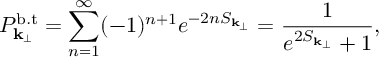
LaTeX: P _ { { \bf k } _ { \perp } } ^ { \mathrm { b . t } } = \sum _ { n = 1 } ^ { \infty } ( - 1 ) ^ { n + 1 } e ^ { - 2 n S _ { { \bf k } _ { \perp } } } = \frac { 1 } { e ^ { 2 S _ { { \bf k } _ { \perp } } } + 1 } ,